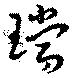
璫